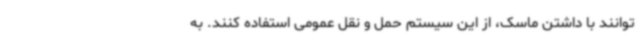
توانند با داشتن ماسک، از این سیستم حمل و نقل عمومی استفاده کنند. به